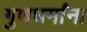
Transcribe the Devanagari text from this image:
गुणधर्मांना